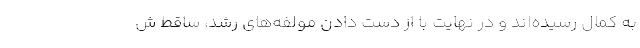
به کمال رسیده‌اند و در نهایت با از دست دادن مولفه‌های رشد، ساقط ش